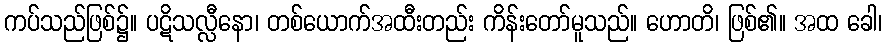
ကပ်သည်ဖြစ်၌။ ပဋိသလ္လီနော၊ တစ်ယောက်အထီးတည်း ကိန်းတော်မူသည်။ ဟောတိ၊ ဖြစ်၏။ အထ ခေါ၊